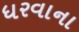
ધરવાના